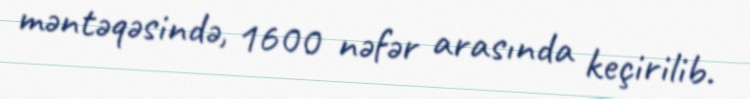
məntəqəsində, 1600 nəfər arasında keçirilib.